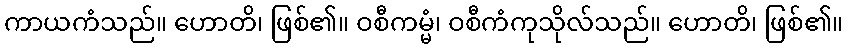
ကာယကံသည်။ ဟောတိ၊ ဖြစ်၏။ ဝစီကမ္မံ၊ ဝစီကံကုသိုလ်သည်။ ဟောတိ၊ ဖြစ်၏။